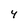
Character: 4